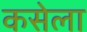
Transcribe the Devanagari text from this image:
कसेला